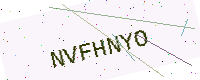
Text: NVFHNYO